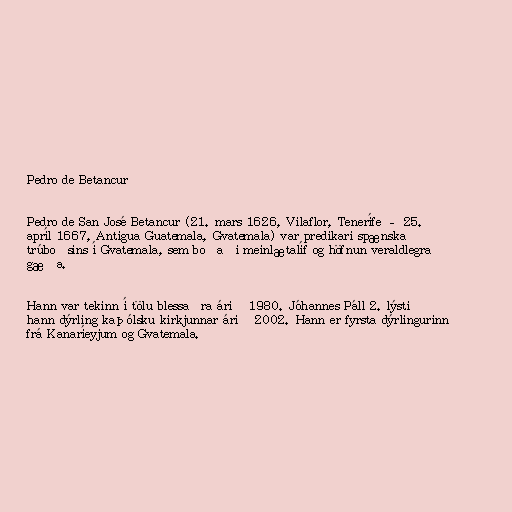
Pedro de Betancur

Pedro de San José Betancur (21. mars 1626, Vilaflor, Tenerífe – 25.
apríl 1667, Antigua Guatemala, Gvatemala) var predikari spænska
trúboðsins í ​​Gvatemala, sem boðaði meinlætalíf og höfnun veraldlegra
gæða.

Hann var tekinn í tölu blessaðra árið 1980. Jóhannes Páll 2. lýsti
hann dýrling kaþólsku kirkjunnar árið 2002. Hann er fyrsta dýrlingurinn
frá Kanaríeyjum og Gvatemala.